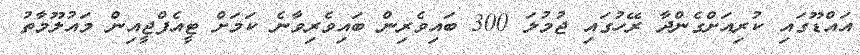
އައްޑޫގައި ކުރިއަށްގެންދާ ރޭހުގައި ޖުމުލަ 300 ބައިވެރިން ބައިވެރިވާނެ ކަަމަށް ޓީއެފްޖީއިން މައުލޫމާތު